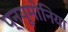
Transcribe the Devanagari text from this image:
प्नयूमोनिया